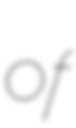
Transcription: of